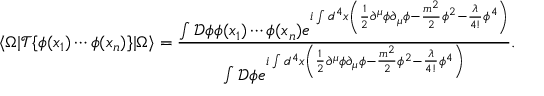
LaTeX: \langle \Omega | { \mathcal { T } } \{ { \phi } ( x _ { 1 } ) \cdots { \phi } ( x _ { n } ) \} | \Omega \rangle = { \frac { \int { \mathcal { D } } \phi \phi ( x _ { 1 } ) \cdots \phi ( x _ { n } ) e ^ { i \int d ^ { 4 } x \left( { \frac { 1 } { 2 } } \partial ^ { \mu } \phi \partial _ { \mu } \phi - { \frac { m ^ { 2 } } { 2 } } \phi ^ { 2 } - { \frac { \lambda } { 4 ! } } \phi ^ { 4 } \right) } } { \int { \mathcal { D } } \phi e ^ { i \int d ^ { 4 } x \left( { \frac { 1 } { 2 } } \partial ^ { \mu } \phi \partial _ { \mu } \phi - { \frac { m ^ { 2 } } { 2 } } \phi ^ { 2 } - { \frac { \lambda } { 4 ! } } \phi ^ { 4 } \right) } } } .